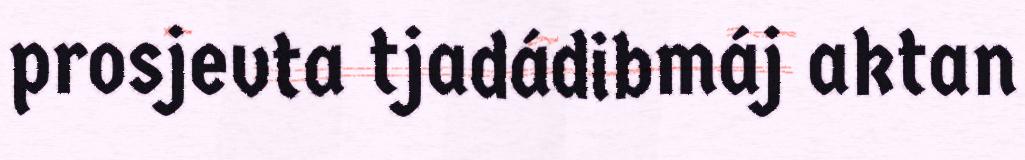
prosjevta tjadádibmáj aktan